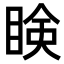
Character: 𥇥